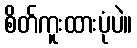
စိတ်ကူးထားပုံပဲ။